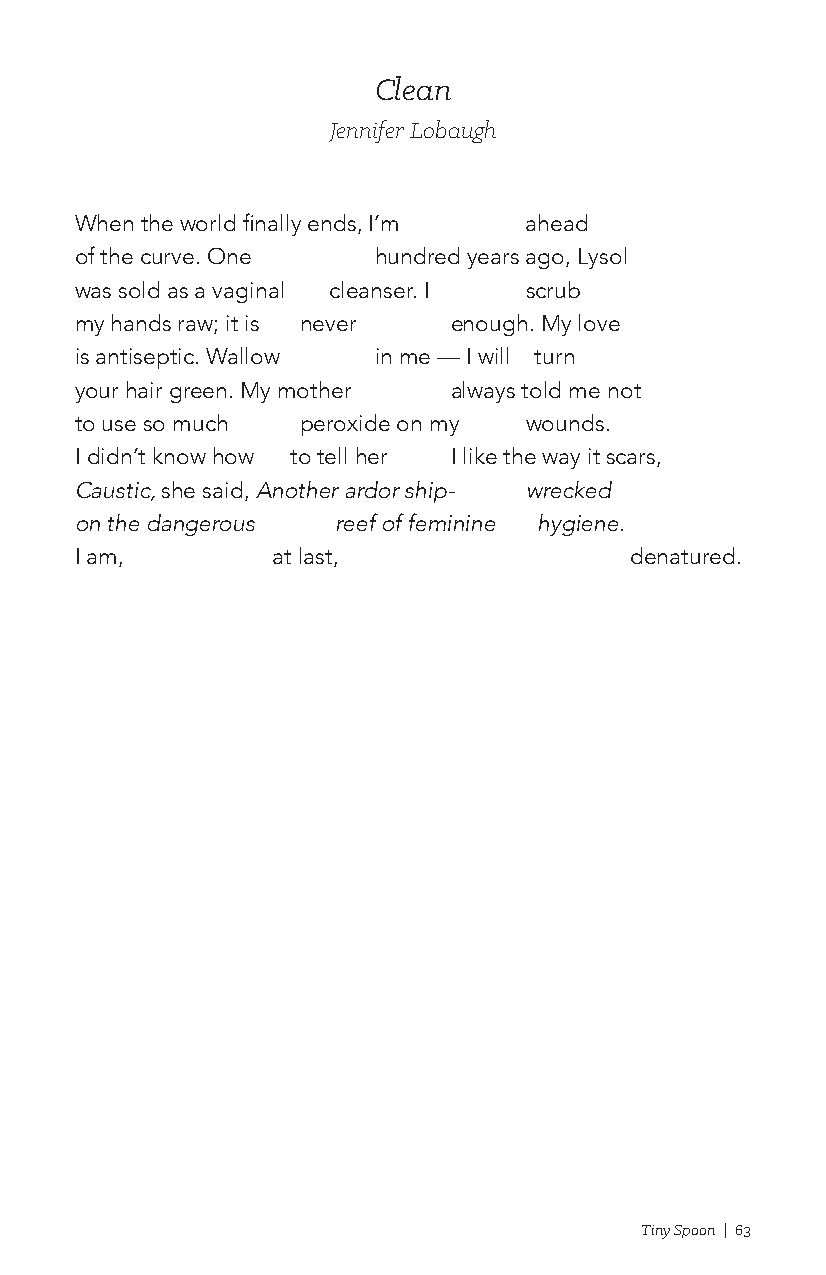
Clean
 Jennifer Lobaugh
 When the world finally ends, I’m ahead
 of the curve. One   hundred years ago, Lysol
 was sold as a vaginal cleanser. I scrub
 my hands raw; it is never enough. My love
 is antiseptic. Wallow in me — I will turn
 your hair green. My mother always told me not
 to use so much peroxide on my wounds.
 I didn’t know how to tell her I like the way it scars,
 Caustic, she said, Another ardor ship- wrecked
 on the dangerous reef of feminine hygiene.
 I am,        at last,                denatured.
 Tiny Spoon | 63